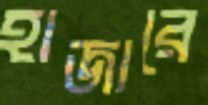
হাজারে